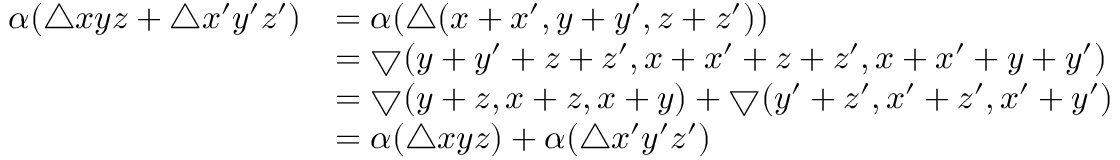
\begin{array} { r l } { \alpha ( \bigtriangleup x y z + \bigtriangleup x ^ { \prime } y ^ { \prime } z ^ { \prime } ) } & { = \alpha ( \bigtriangleup ( x + x ^ { \prime } , y + y ^ { \prime } , z + z ^ { \prime } ) ) } \\ & { = \bigtriangledown ( y + y ^ { \prime } + z + z ^ { \prime } , x + x ^ { \prime } + z + z ^ { \prime } , x + x ^ { \prime } + y + y ^ { \prime } ) } \\ & { = \bigtriangledown ( y + z , x + z , x + y ) + \bigtriangledown ( y ^ { \prime } + z ^ { \prime } , x ^ { \prime } + z ^ { \prime } , x ^ { \prime } + y ^ { \prime } ) } \\ & { = \alpha ( \bigtriangleup x y z ) + \alpha ( \bigtriangleup x ^ { \prime } y ^ { \prime } z ^ { \prime } ) } \end{array}